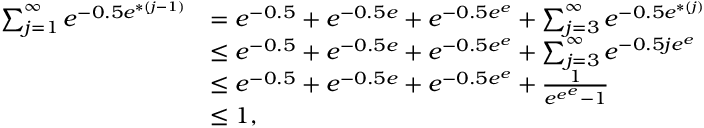
\begin{array} { r l } { \sum _ { j = 1 } ^ { \infty } e ^ { - 0 . 5 { e ^ { * ( j - 1 ) } } } } & { = { e ^ { - 0 . 5 } } + { e ^ { - 0 . 5 e } } + { e ^ { - 0 . 5 e ^ { e } } } + \sum _ { j = 3 } ^ { \infty } e ^ { - 0 . 5 { e ^ { * ( j ) } } } } \\ & { \leq { e ^ { - 0 . 5 } } + { e ^ { - 0 . 5 e } } + { e ^ { - 0 . 5 e ^ { e } } } + \sum _ { j = 3 } ^ { \infty } e ^ { - 0 . 5 { j e ^ { e } } } } \\ & { \leq { e ^ { - 0 . 5 } } + { e ^ { - 0 . 5 e } } + { e ^ { - 0 . 5 e ^ { e } } } + \frac 1 { e ^ { e ^ { e } } - 1 } } \\ & { \leq 1 , } \end{array}